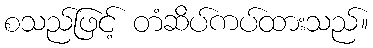
စသည်ဖြင့် တံဆိပ်ကပ်ထားသည်။